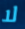
لا